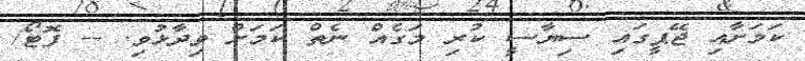
ކަމަށާއި ޖޭޕީގައި ސިޔާސީ ކުރި މަގެއް ނެތް ކަަމަށް ވިދާޅުވި. -- ފޮޓޯ/